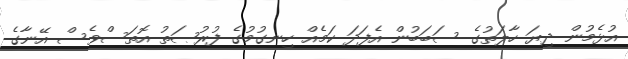
އުޅެމުން ދިޔަ ހާލަތުގެ ސަބަބުން އެފަދަ ކަމެއް ހިނގުމުގެ ފުރުޞަތު އޮތަސްވެސް އޭނާގެ